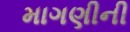
માગણીની